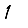
Digit: 1